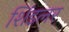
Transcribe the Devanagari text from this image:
शिंडलर